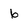
Character: 6